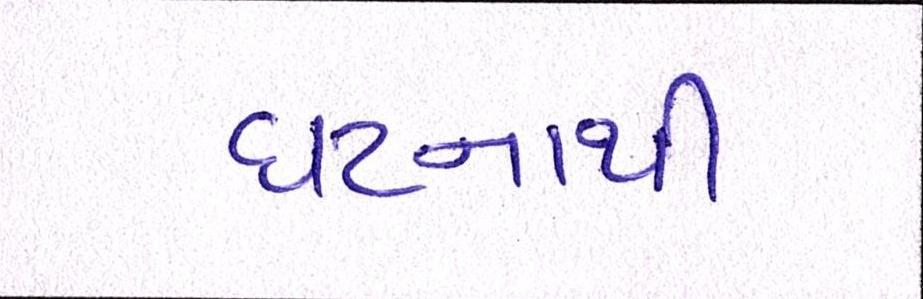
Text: ઘટનાથી